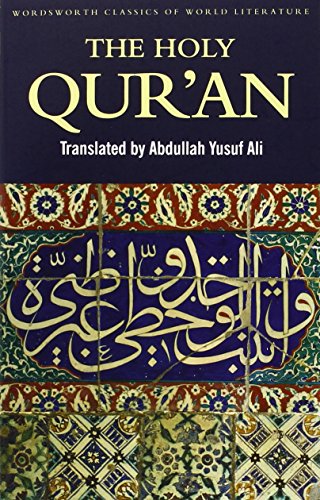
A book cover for The Holy Qur'an; Abdullah Yusuf Ali; Religion & Spirituality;